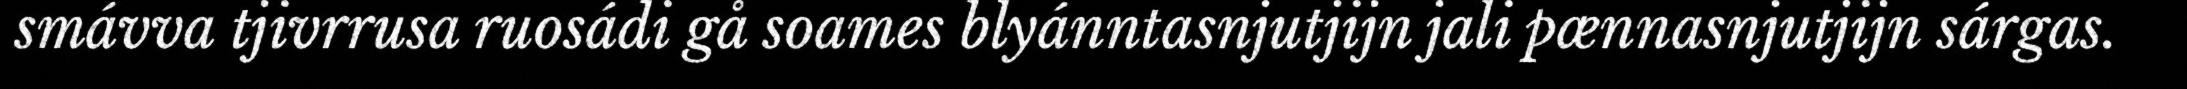
smávva tjivrrusa ruosádi gå soames blyánntasnjutjijn jali pænnasnjutjijn sárgas.